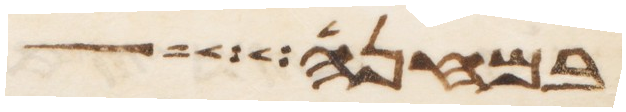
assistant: במחנה